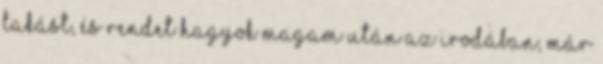
lakást, és rendet hagyok magam után az irodában, már